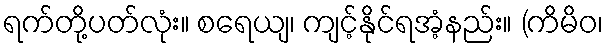
ရက်တို့ပတ်လုံး။ စရေယျ၊ ကျင့်နိုင်ရအံ့နည်း။ (ကိမိဝ၊